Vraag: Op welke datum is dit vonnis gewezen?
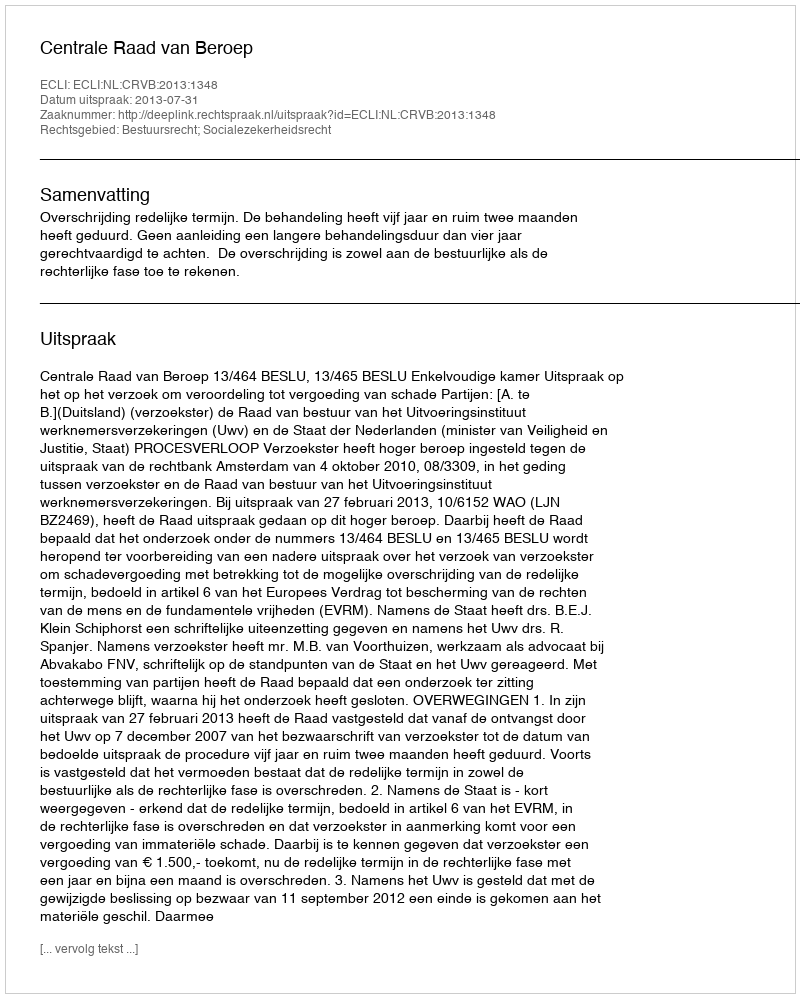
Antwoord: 2013-07-31